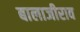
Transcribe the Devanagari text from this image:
बालाजीराव